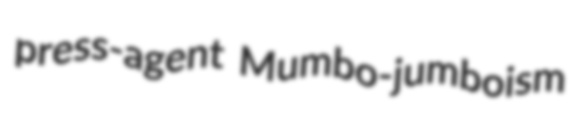
press-agent Mumbo-jumboism